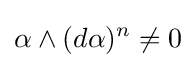
\alpha \wedge (d\alpha )^{n}\neq 0